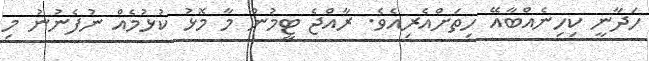
ހަދާނީ ކިހިނެއްބާއޭ ހިތަށްއެރިއެވެ. ރާއްޖެ ޓީމުން މާ މޮޅު ކުޅުމެއް ނުފެނުނު މި